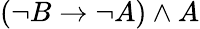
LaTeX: (\neg B\to\neg A)\land A